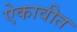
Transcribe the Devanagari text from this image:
ऐकावीत